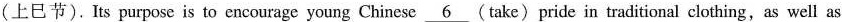
(上巳节). Its purpose is to encourage young Chinese \underline{6} (take) pride in traditional clothing,as well as